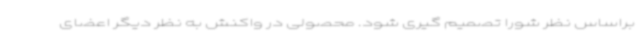
براساس نظر شورا تصمیم گیری شود. محصولی در واکنش به نظر دیگر اعضای